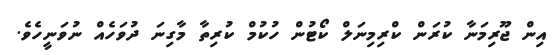
އިން ޖޫރިމަނާ ކުރަން ކްރިމިނަލް ކޯޓުން ހުކުމް ކުރިތާ މާގިނަ ދުވަހެއް ނުވަނީހެވެ.